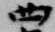
四